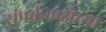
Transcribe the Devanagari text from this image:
संपर्ककक्षेच्या